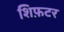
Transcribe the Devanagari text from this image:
शिफ़टर